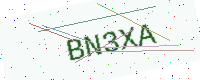
Text: BN3XA